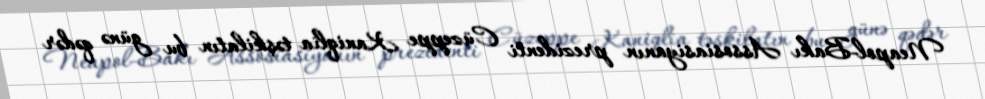
Neapol-Bakı Assosiasiyanın prezidenti Cüzeppe Kaniqlia təşkilatın bu günə qədər